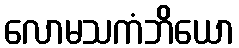
လောမသကံဘိယော